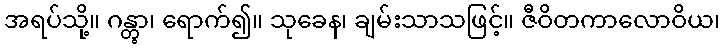
အရပ်သို့။ ဂန္တွာ၊ ရောက်၍။ သုခေန၊ ချမ်းသာသဖြင့်။ ဇီဝိတကာလောဝိယ၊